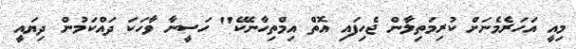
މިއީ އަހަރެމެނަށް ކުރިމަތިލާން ޖެހިފައި އޮތް އިމްތިހާނެކޭ" ހަސީނާ ވާހަކަ ދައްކަމުން ދިޔައީ